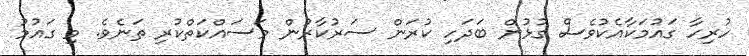
ހުރިހާ ގައުމަކާއެކުވެސް ގުޅުން ބަދަހި ކުރަން ސަރުކާރުން މަސައްކަތްކުރި ތަނެވެ. މި ގައުމު